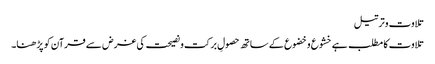
تلاوت وترتیل
تلاوت کا مطلب ہے خشوع وخضوع کے ساتھ حصولِ برکت ونصیحت کی غرض سے قرآن کو پڑھنا۔